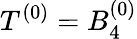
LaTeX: T^{(0)}=B_{4}^{(0)}